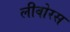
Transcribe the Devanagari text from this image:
लीवोरस